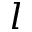
l